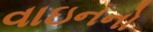
વાઇનનો